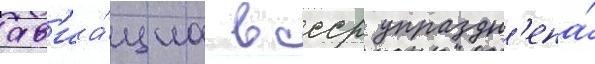
ав'иа́циа в ссср упраздн'ена́